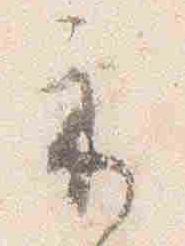
示